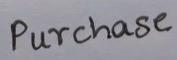
Purchase